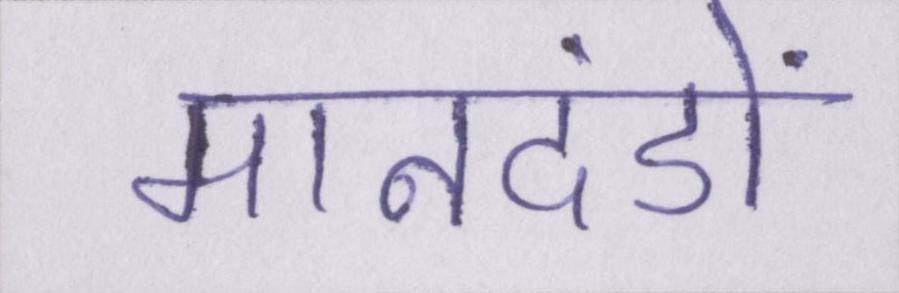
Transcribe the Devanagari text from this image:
मानदंडों